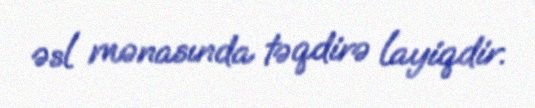
əsl mənasında təqdirə layiqdir.